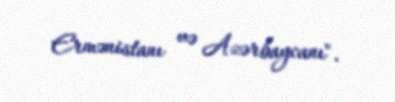
Ermənistanı və Azərbaycanı".